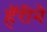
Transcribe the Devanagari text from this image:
हॅरीने